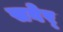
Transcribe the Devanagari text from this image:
सवेर्